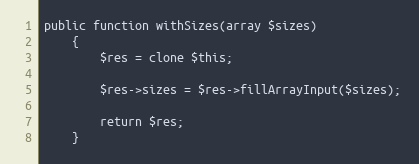
Language: PHP
public function withSizes(array $sizes)
    {
        $res = clone $this;

        $res->sizes = $res->fillArrayInput($sizes);

        return $res;
    }